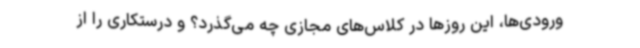
ورودی‌ها، این روزها در کلاس‌های مجازی چه می‌گذرد؟ و درستکاری را از